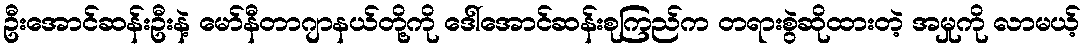
ဦးအောင်ဆန်းဦးနဲ့ မော်နီတာဂျာနယ်တို့ကို ဒေါ်အောင်ဆန်းစုကြည်က တရားစွဲဆိုထားတဲ့ အမှုကို လာမယ့်